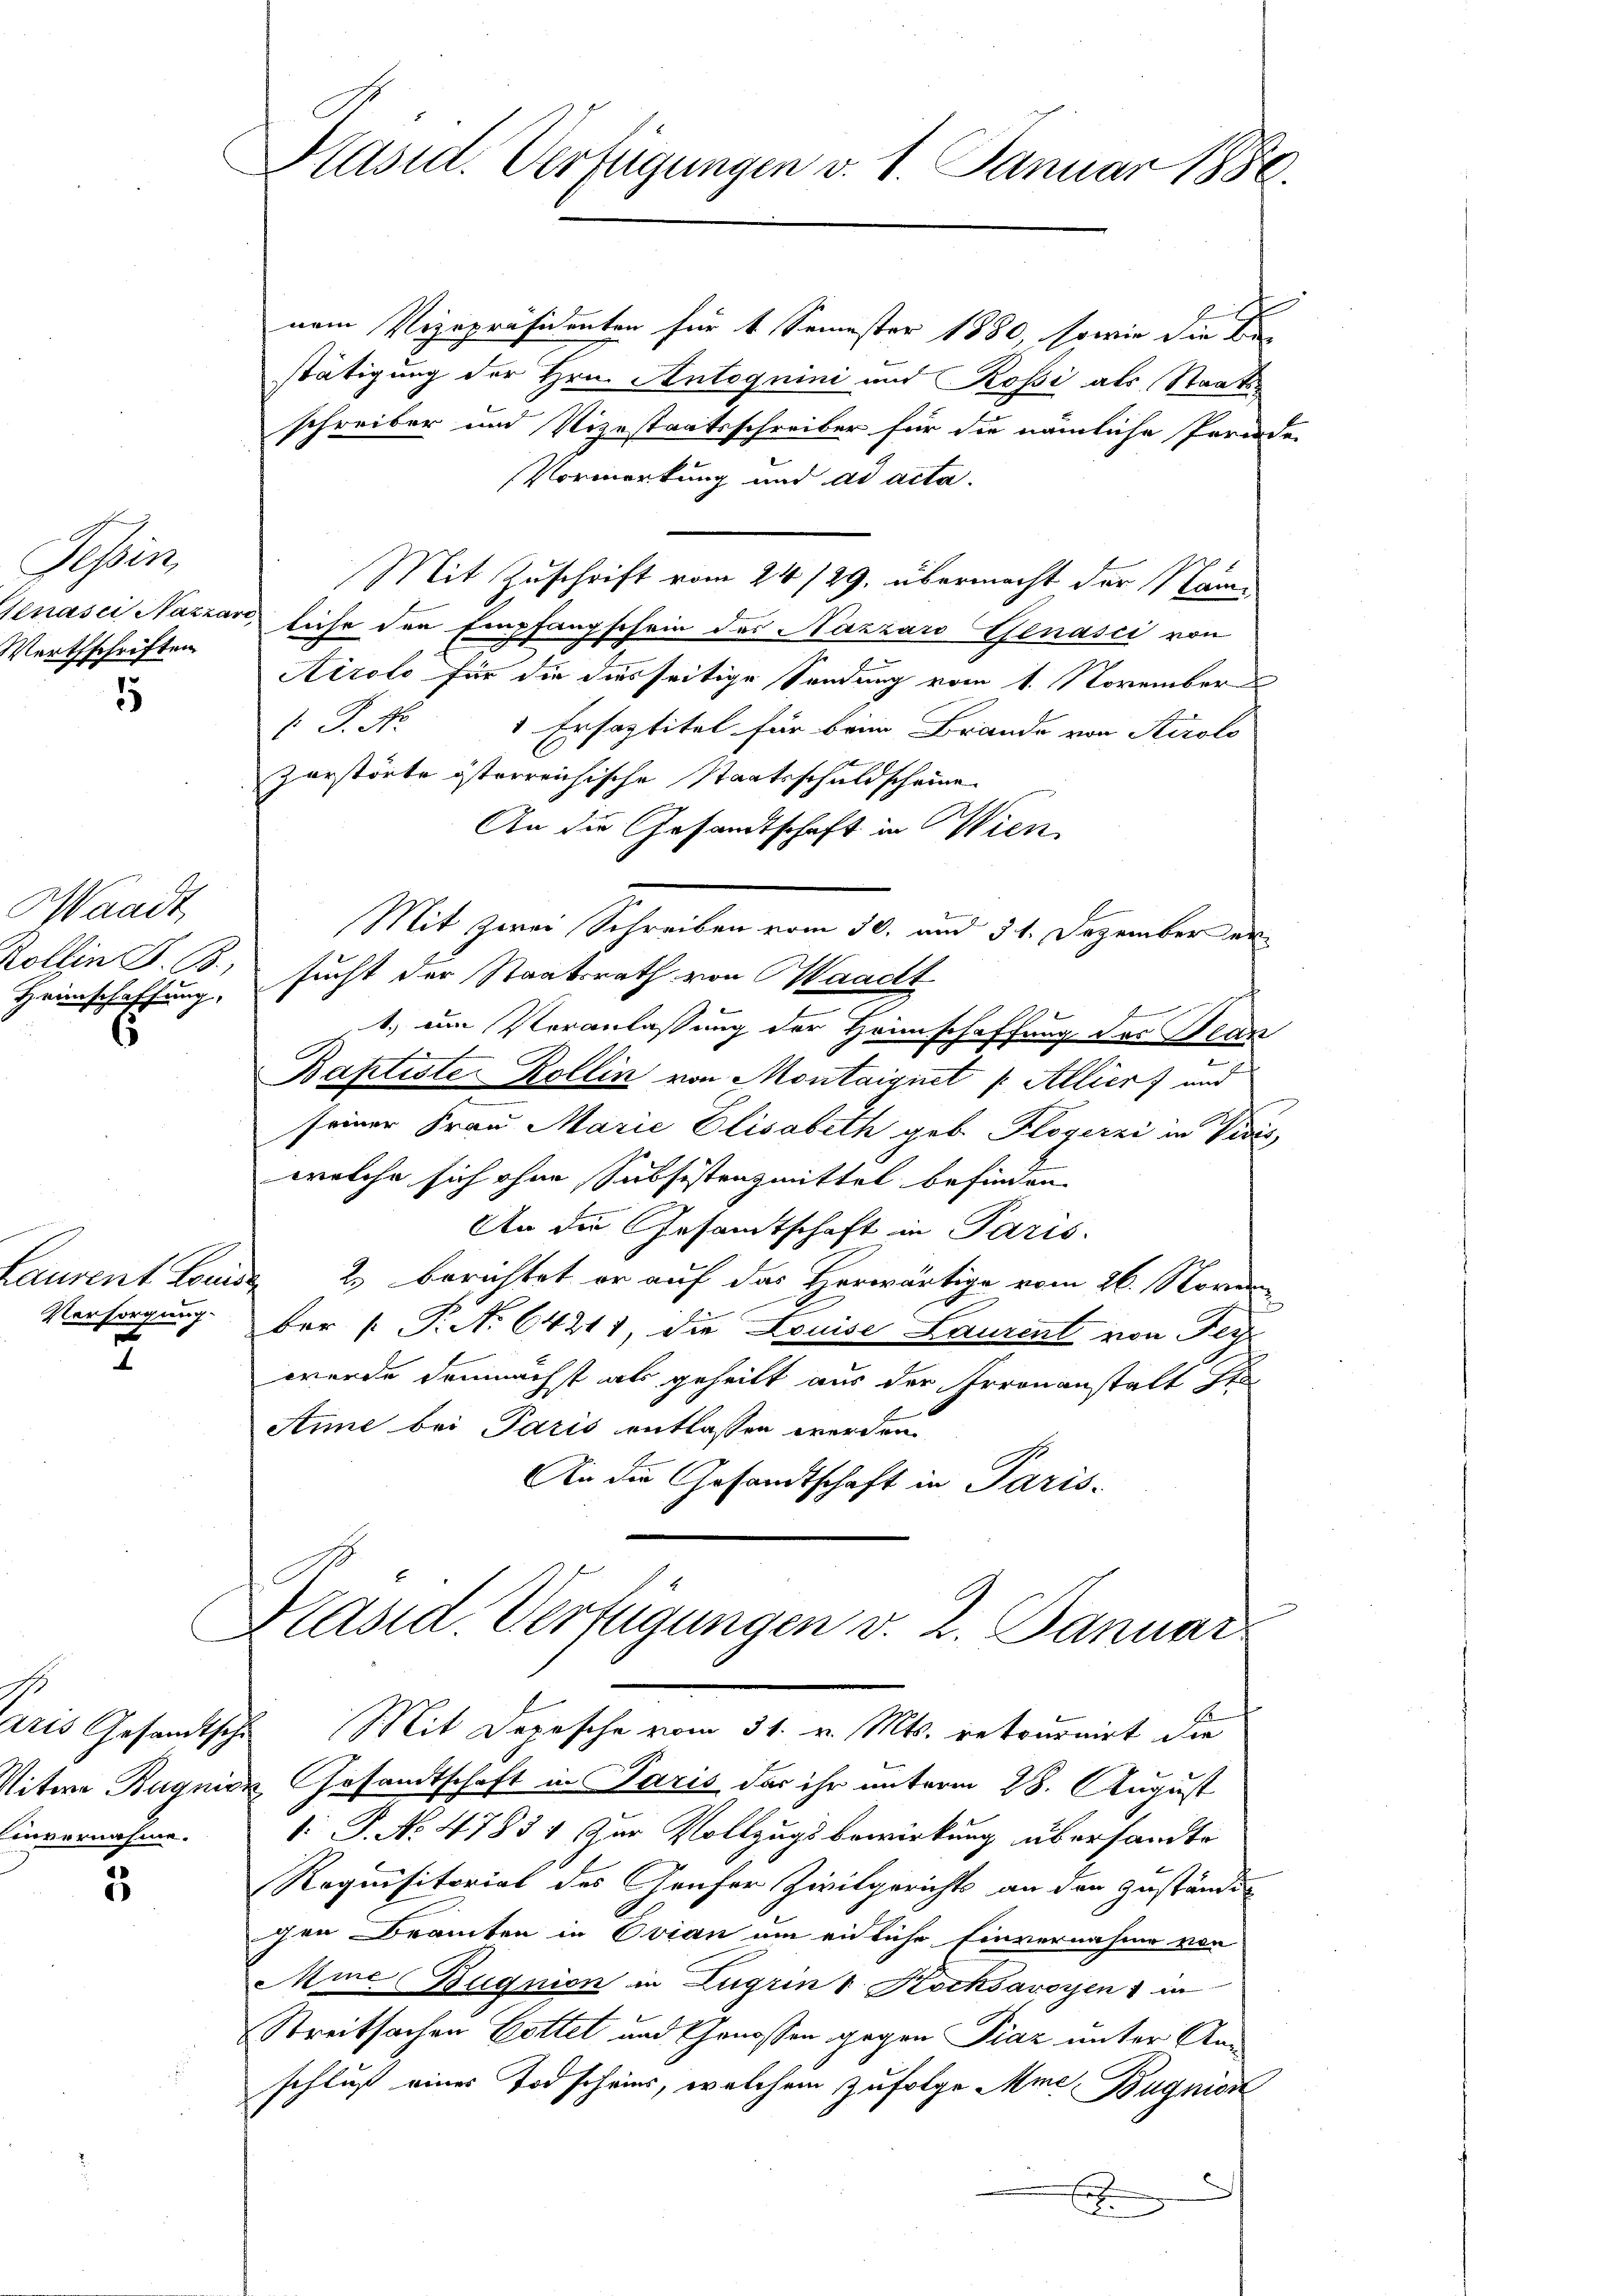
Schrei
Werthschriften

nem Vizepräsidenten für 4 Semester 1880, sowie die Bestätigung der Hrn. Antognini und Rossi als Staatsschreiber und Vizestaatsschreiber für die nämliche Pernde
Vormerkung und ad acta.
Mit Zuschrift vom 24./29. übermacht der Name
kenasci Narrard, liche den Empfangschein des Nazzawo Genasci von
Airolo für die diesseitige Sendung vom 1. November
V. P. Nr.
1 Ersaptitel für beim Brande von Airolo
zerstörte österreichische Staatsschuldscheine
An die Gesandtschaft in Wien
Waadt,
Mit zwei Schreiben vom 30. und 51. Dezember er¬
Kollin P. B. sucht der Staatsrath von Waadt
Heimschaffung.
b
1.) um Veranlassung der Heimschaffung des Plan
Baptiste Kollin von Montaignet |: Allier und
seiner Frau Marie Elisabeth geb. Klogerzi in Vivis
welche sich ohne Subsistenzmittel befinden.
An die Gesamtschaft in Paris.
Laurent Louise 2. berichtet er auf das Herwärtige vom 26. Novem
Versorgung der (T. N. 64211, die Louise Laurent von Fer
2
werde demnächst als geheilt aus der Irrenanstalt st
Anne bei Paris entlassen werden
An die Gesandtschaft in Paris-

5

.
invernahme.

2

Präsid. Verfügungen v. 1. Januar 1880.

Präsid. Verfügungen v. 2. Januar
Als Gesandtsche Mit Depesche vom 31. v. Mts. retournirt die

Vitwe Bagnie Gesandtschaft in Paris das ihr unterm 28. August
1: P. No. 4785 1 zur Vollzugsbewirkung übersandte
Requisitorial des Genfer Zivilgerichts an den Zuständig
gen Beamten in Evian um einliche Einvernahme von
Mine Begnien in Zugrin & Kochsavoyen & in
Streitsachen Gottet und Genossen gegen Piaz unter Anschluß eines Todscheins, welchem zufolge Anna Bugnion
x
Er